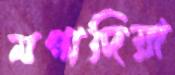
মগাদিয়া